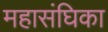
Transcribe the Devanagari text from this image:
महासंघिका